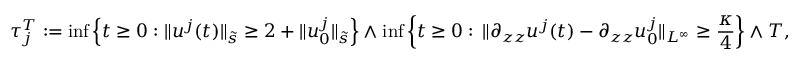
\tau _ { j } ^ { T } : = \operatorname* { i n f } \left\lbrace t \geq 0 : \| u ^ { j } ( t ) \| _ { \tilde { s } } \geq 2 + \| u _ { 0 } ^ { j } \| _ { \tilde { s } } \right\rbrace \wedge \operatorname* { i n f } \left\lbrace t \geq 0 : \, \| \partial _ { z z } u ^ { j } ( t ) - \partial _ { z z } u _ { 0 } ^ { j } \| _ { L ^ { \infty } } \geq \frac \kappa 4 \right\rbrace \wedge T ,